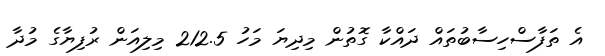
އެ ތަފާސްހިސާބުތައް ދައްކާ ގޮތުން މިދިޔަ މަހު 212.5 މިލިއަން ރުފިޔާގެ މުދާ